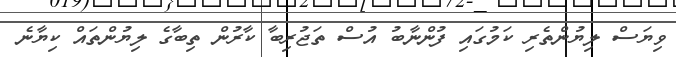
ވިޔަސް ލިޔުންތެރި ކަމުގައި ފުންނާބު އުސް ތަޖުރިބާ ކާރުން ތިބާގެ ލިޔުންތައް ކިޔާނެ